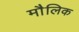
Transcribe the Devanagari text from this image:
माैलिक